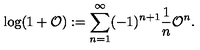
\log ( 1 + { \cal O } ) : = \sum _ { n = 1 } ^ { \infty } ( - 1 ) ^ { n + 1 } { \frac { 1 } { n } } { \cal O } ^ { n } .